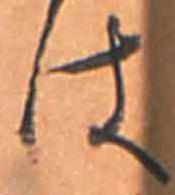
は